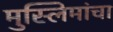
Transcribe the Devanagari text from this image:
मुस्लिमांचा